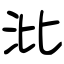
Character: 沘